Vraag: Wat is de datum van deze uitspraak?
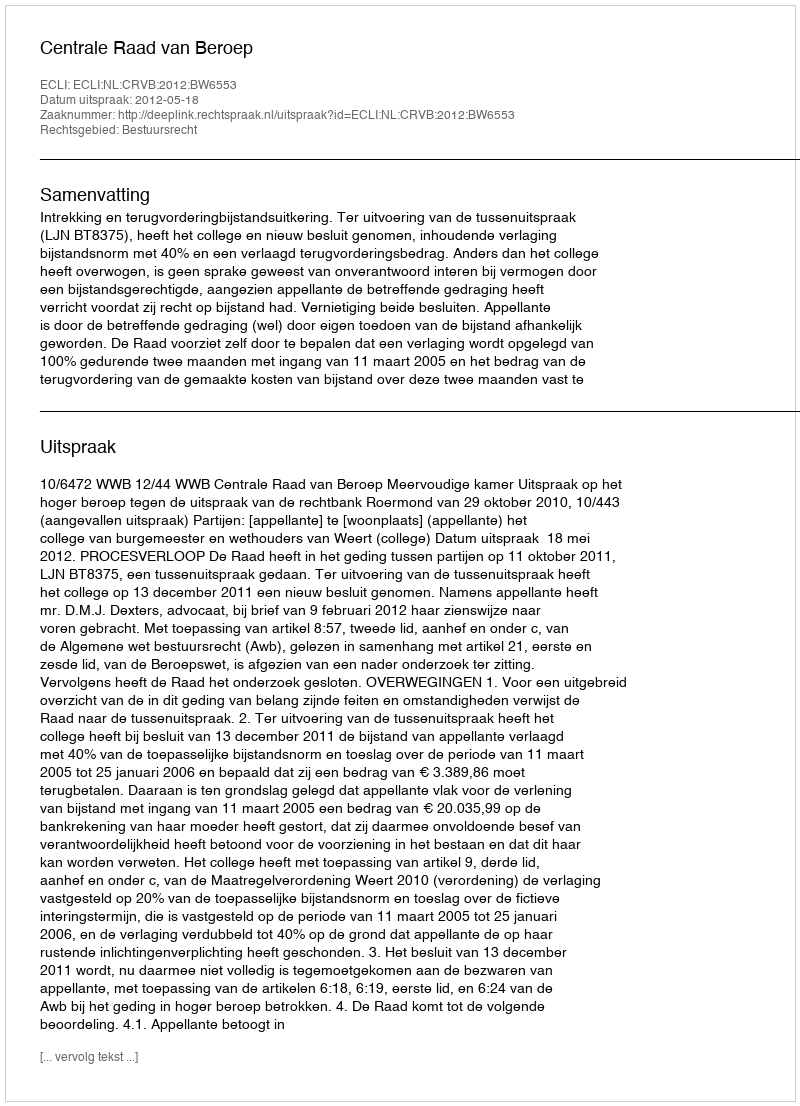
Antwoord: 2012-05-18